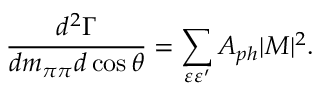
{ \frac { d ^ { 2 } \Gamma } { d m _ { \pi \pi } d \cos \theta } } = \sum _ { \varepsilon \varepsilon ^ { \prime } } A _ { p h } | { \cal M } | ^ { 2 } .